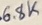
Text: 6.8K